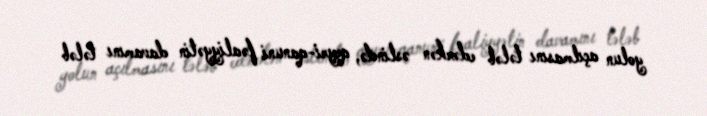
yolun açılmasını tələb edərkən əslində, qeyri-qanuni fəaliyyətin davamını tələb